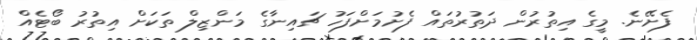
ފެށޭނެ. މީގެ އިތުރުން ދަތުރުތައް ފެށުމަށްފަހު ޗައިނާގެ މަންޒިލް ތަކަށް އިތުރު ބޯޓެއް